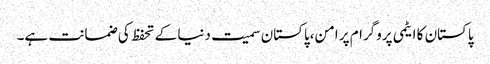
پاکستان کا ایٹمی پروگرام پر امن،پاکستان سمیت دنیا کے تحفظ کی ضمانت ہے۔